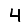
Digit: 4